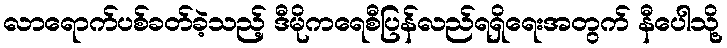
လာရောက်ပစ်ခတ်ခဲ့သည့် ဒီမိုကရေစီပြန်လည်ရရှိရေးအတွက် နီပေါသို့